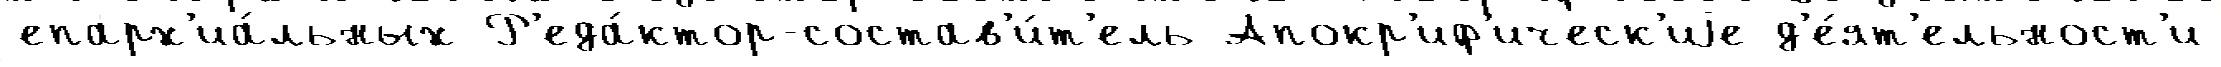
епарх'иа́льных Р'еда́ктор-состав'и́т'ель Апокр'иф'ическ'иjе д'е́ят'ельност'и